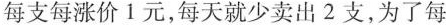
每支每涨价1元，每天就少卖出2支，为了每